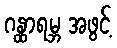
ဂန္ထာရမ္ဘ အဖွင့်